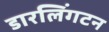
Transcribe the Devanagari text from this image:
डारलिंगटन